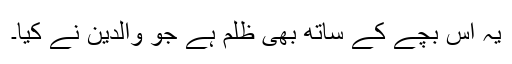
یہ اس بچے کے ساتھ بھی ظلم ہے جو والدین نے کیا۔